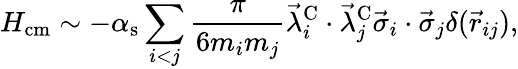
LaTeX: H_{\mathrm{cm}}\sim-\alpha_{\mathrm{s}}\sum_{i<j}\frac{\pi}{6m_{i}m_{j}}\vec{\lambda}_{i}^{\mathrm{C}}\cdot\vec{\lambda}_{j}^{\mathrm{C}}\vec{\sigma}_{i}\cdot\vec{\sigma}_{j}\delta(\vec{r}_{ij}),